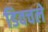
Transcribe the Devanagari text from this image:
डिवचले